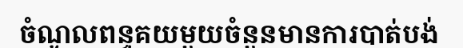
ចំណូលពន្ធគយមួយចំនួនមានការបាត់បង់